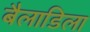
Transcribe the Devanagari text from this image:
बैलाडिला